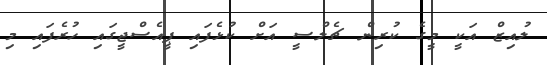
ލުއިޒް އަކީ މީގެ ކުރިން ޗެލްސީ އަށް ކުޅެފައި ޕީއެސްޖީގައި ހުރެފައި މި